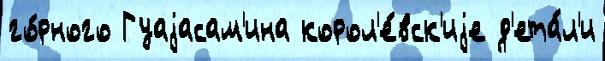
го́рного Гуаjасам'ина корол'е́вск'иjе д'ета́л'и